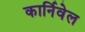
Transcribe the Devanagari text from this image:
कार्निवेल